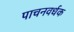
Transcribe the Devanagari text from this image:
पाचनवर्धक